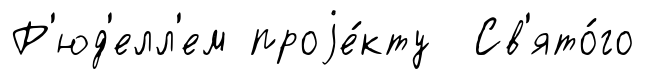
Р'юд'елл'ем проjе́кту Св'ято́го